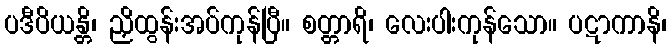
ပဒီပိယန္တိ၊ ညှိထွန်းအပ်ကုန်ပြီ။ စတ္တာရိ၊ လေးပါးကုန်သော။ ပဋာကာနိ၊